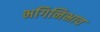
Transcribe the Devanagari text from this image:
भगिनिभाव